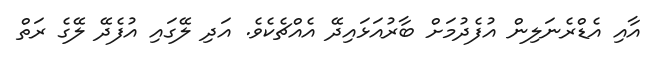
އާއި އެޑްރެނަލިން އުފެދުމަށް ބާރުއަޅައިދޭ އެއްޗެކެވެ. އަދި ލޭގައި އުފެދޭ ލޭގެ ރަތް